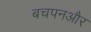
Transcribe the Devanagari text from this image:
बचपनऔर